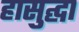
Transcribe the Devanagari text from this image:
हासुद्घा